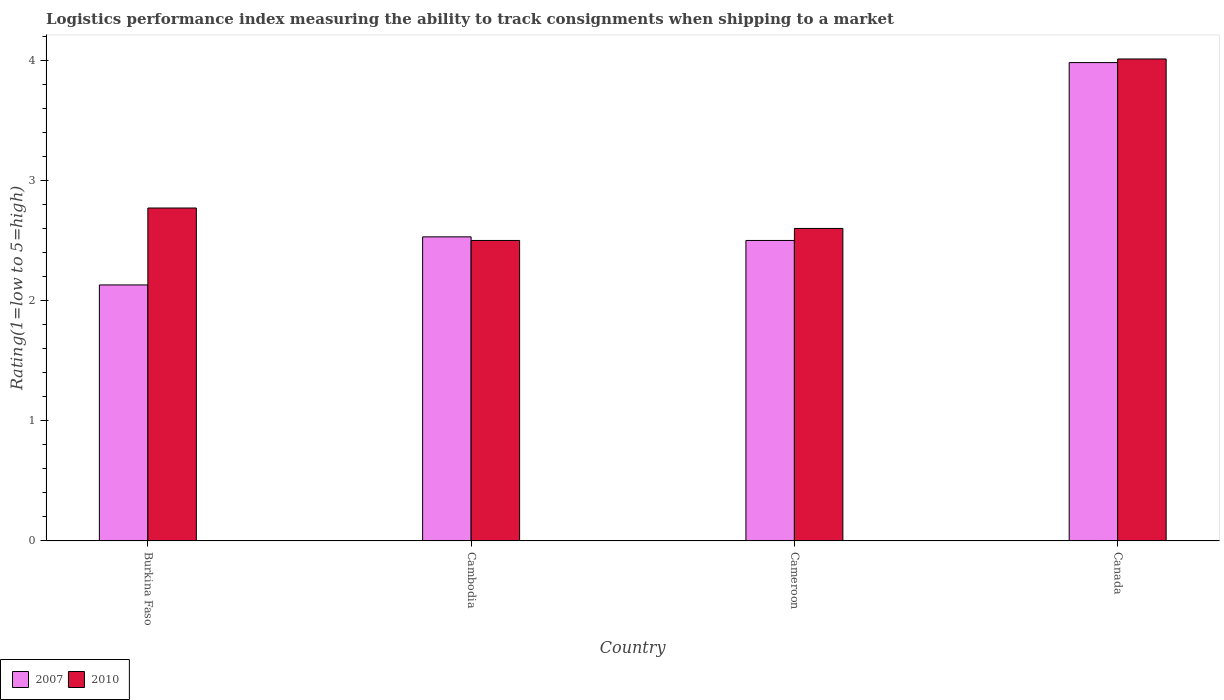
| Country | 2007 | 2010 |
 | --- | --- | --- |
 | Burkina Faso | 2.13 | 2.77 |
 | Cambodia | 2.53 | 2.5 |
 | Cameroon | 2.5 | 2.6 |
 | Canada | 3.98 | 4.01 |